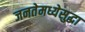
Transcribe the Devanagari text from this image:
जनतेमध्येसुद्धा